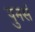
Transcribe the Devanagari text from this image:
पुनसं